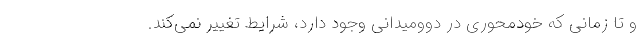
و تا زمانی که خودمحوری در دوومیدانی وجود دارد، شرایط تغییر نمی‌کند.